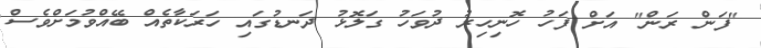
"ފަން ރަން" އަށް ފަހު ހޮނިހިރު ދުވަހު ގަލޮޅު ދަނޑުގައި ހަރަކާތެއް ބޭއްވުމަށްވެސް